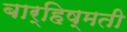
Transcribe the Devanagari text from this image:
बार्हिष्मती